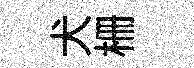
犬栅